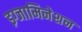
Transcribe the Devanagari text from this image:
इग्जामिनेशन